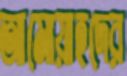
আমোয়াহদের